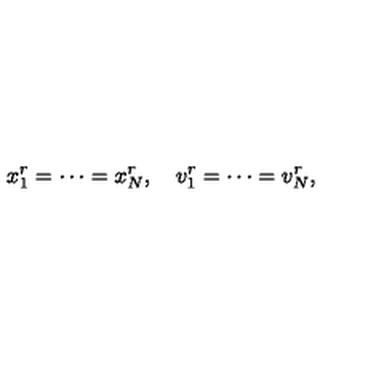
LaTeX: x _ { 1 } ^ { r } = \cdots = x _ { N } ^ { r } , \quad v _ { 1 } ^ { r } = \cdots = v _ { N } ^ { r } ,